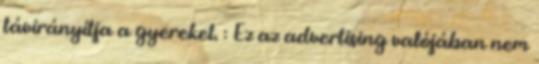
távirányítja a gyereket. : Ez az advertising valójában nem